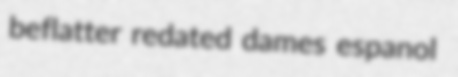
beflatter redated dames espanol